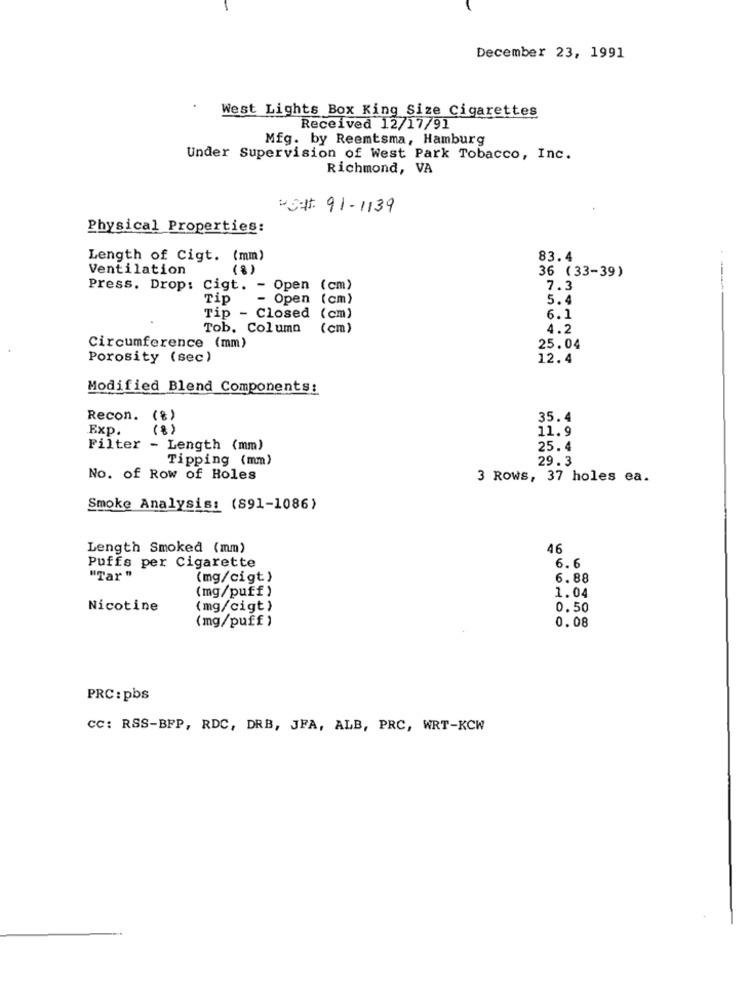
December 23, 1991
West Lights Box King Size Cigarettes
Received 12/17/91
Mfg. by Reemtsma, Hamburg
Under Supervision of West Park Tobacco, Inc.
Richmond, VA
23# 91-1139
Physical Properties:
Length of Cigt. (mm)
83.4
Ventilation
(8)
36 (33-39)
Press. Drop: Cigt. - Open (cm)
7.3
Tip
- Open (cm)
5.4
Tip - Closed
( cm)
6.1
Tob. Column
(cm)
4.2
Circumference (mm)
25.04
Porosity (sec)
12.4
Modified Blend Components:
Recon. (%)
35.4
Exp.
( 8)
11.9
Filter - Length (mm)
25.4
Tipping (mm)
29.3
No. of Row of Holes
3 ROWS, 37 holes ea.
Smoke Analysis: (891-1086)
Length Smoked (mm)
46
6.6
Puffs per Cigarette
"Tar "
(mg/cigt)
6.88
(mg/puff )
1.04
Nicotine
(mg/cigt )
0.50
(mg/puff )
0.08
PRC : pbs
cc: RSS-BFP, RDC, DRB, JFA, ALB, PRC, WRT-KCW